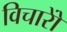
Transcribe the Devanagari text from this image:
विचारोें